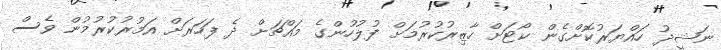
ނަޝީދު ހައްޔަރުކޮށްގެން ކޯޓަށް ހާޒިރުކުރުމަށް ފުލުހުންގެ މައްޗަށް ދެ ފަހަރަށް އަމުރުކުރުމުން ވެސް